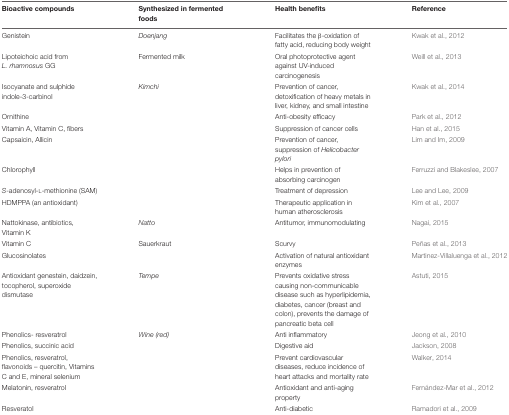
| Bioactive compounds | Synthesized in fermented foods | Health benefits | Reference |
 | --- | --- | --- | --- |
 | Genistein | Doenjang | Facilitates the β-oxidation of fatty acid, reducing body weight | Kwak et al., 2012 |
 | Lipoteichoic acid from L. rhamnosus GG | Fermented milk | Oral photoprotective agent against UV-induced carcinogenesis | Weill et al., 2013 |
 | Isocyanate and sulphide indole-3-carbinol | Kimchi | Prevention of cancer, detoxification of heavy metals in liver, kidney, and small intestine | Kwak et al., 2014 |
 | Ornithine |  | Anti-obesity efficacy | Park et al., 2012 |
 | Vitamin A, Vitamin C, fibers |  | Suppression of cancer cells | Han et al., 2015 |
 | Capsaicin, Allicin |  | Prevention of cancer, suppression of Helicobacter pylori | Lim and Im, 2009 |
 | Chlorophyll |  | Helps in prevention of absorbing carcinogen | Ferruzzi and Blakeslee, 2007 |
 | S-adenosyl-L-methionine (SAM) |  | Treatment of depression | Lee and Lee, 2009 |
 | HDMPPA (an antioxidant) |  | Therapeutic application in human atherosclerosis | Kim et al., 2007 |
 | Nattokinase, antibiotics, Vitamin K | Natto | Antitumor, immunomodulating | Nagai, 2015 |
 | Vitamin C | Sauerkraut | Scurvy | Peñas et al., 2013 |
 | Glucosinolates |  | Activation of natural antioxidant enzymes | Martinez-Villaluenga et al., 2012 |
 | Antioxidant genestein, daidzein, tocopherol, superoxide dismutase | Tempe | Prevents oxidative stress causing non-communicable disease such as hyperlipidemia, diabetes, cancer (breast and colon), prevents the damage of pancreatic beta cell | Astuti, 2015 |
 | Phenolics- resveratrol | Wine (red) | Anti inflammatory | Jeong et al., 2010 |
 | Phenolics, succinic acid |  | Digestive aid | Jackson, 2008 |
 | Phenolics, resveratrol, flavonoids – quercitin, Vitamins C and E, mineral selenium |  | Prevent cardiovascular diseases, reduce incidence of heart attacks and mortality rate | Walker, 2014 |
 | Melatonin, resveratrol |  | Antioxidant and anti-aging property | Fernández-Mar et al., 2012 |
 | Resveratol |  | Anti-diabetic | Ramadori et al., 2009 |